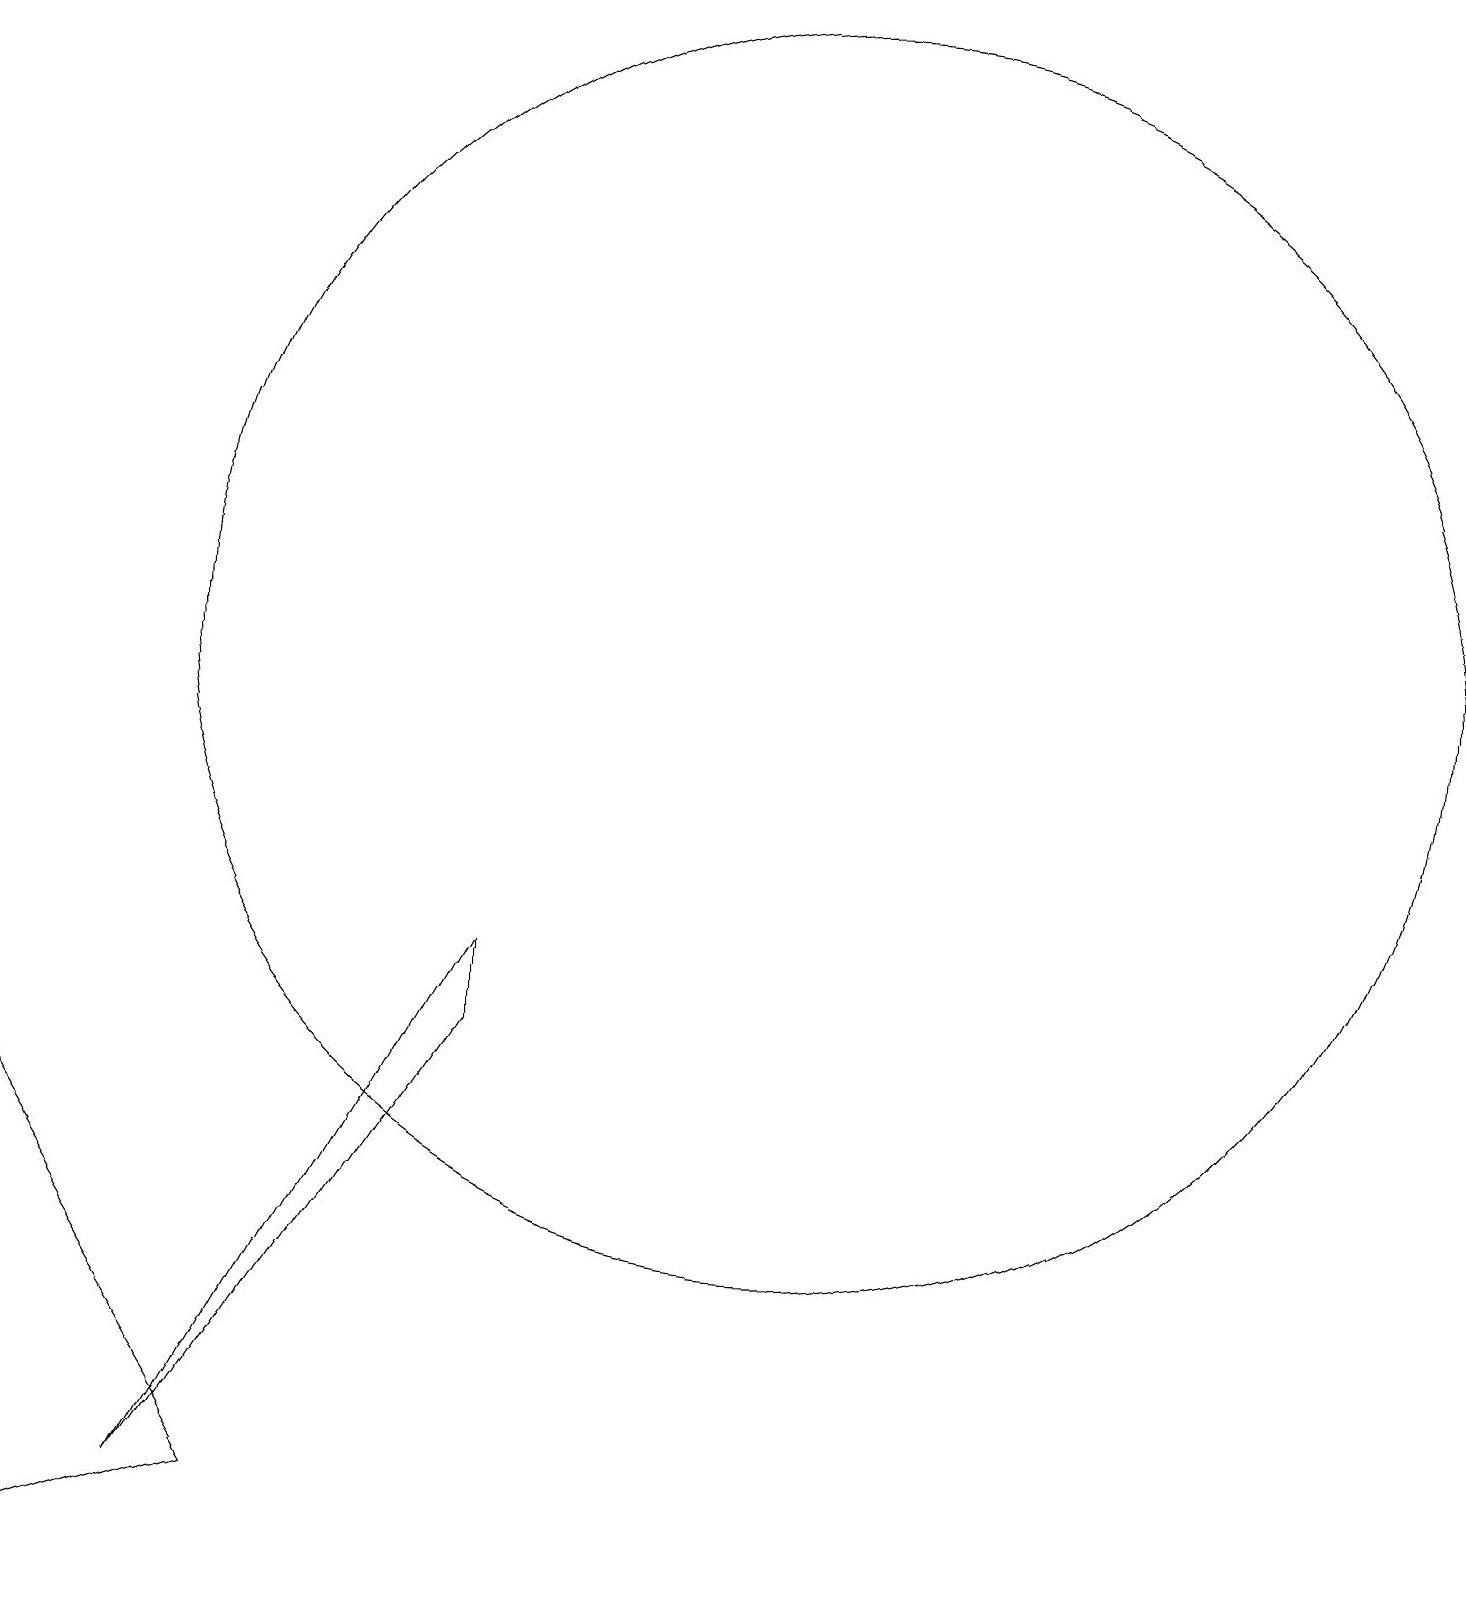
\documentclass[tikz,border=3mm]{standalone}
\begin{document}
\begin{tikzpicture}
\draw (5,1) -- (2,6) -- (2,0) -- cycle;
\draw (4,1) -- (8,8) -- (8,7) -- cycle;
\draw (12,12) circle (8);
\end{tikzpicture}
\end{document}